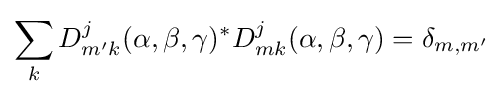
\sum _{k}D_{m'k}^{j}(\alpha ,\beta ,\gamma )^{*}D_{mk}^{j}(\alpha ,\beta ,\gamma )=\delta _{m,m'}